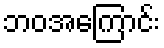
ဘဝအကြောင်း